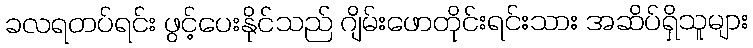
ခလရတပ်ရင်း ဖွင့်ပေးနိုင်သည် ဂျိမ်းဖောတိုင်းရင်းသား အဆိပ်ရှိသူများ